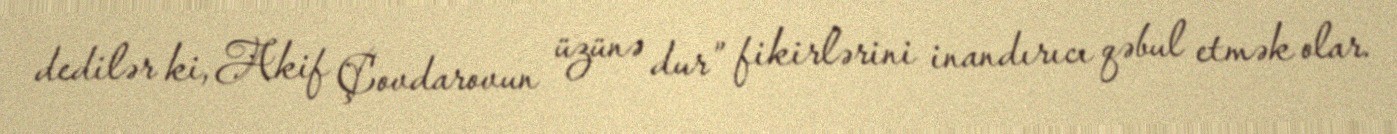
dedilər ki, Akif Çovdarovun üzünə dur” fikirlərini inandırıcı qəbul etmək olar.